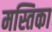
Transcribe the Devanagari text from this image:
मस्तिका